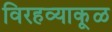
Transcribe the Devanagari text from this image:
विरहव्याकूळ